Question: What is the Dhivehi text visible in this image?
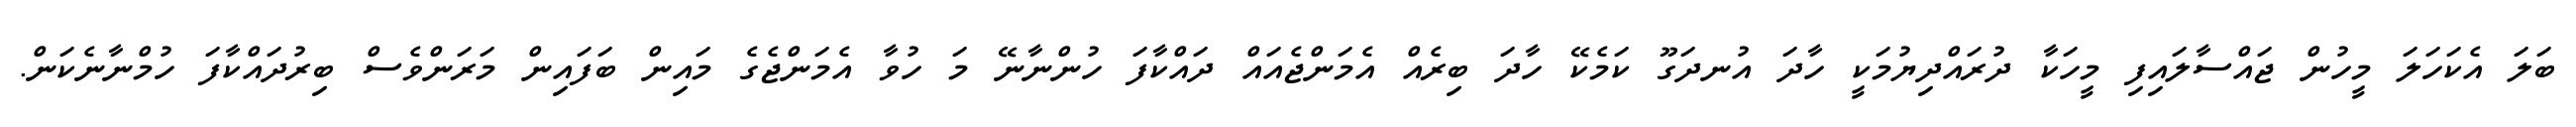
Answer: ބަލަ އެކަހަލަ މީހުން ޖައްސާލައިފި މީހަކާ ދުރައްދިޔުމަކީ ހާދަ އުނދަގޫ ކަމެކޭ ހާދަ ބިރެއް އެމަންޖެއައް ދައްކާފަ ހުންނާނޭ މަ ހުވާ އެމަންޖެގެ މައިން ބަފައިން މަރަންވެސް ބިރުދައްކާފަ ހުމްނާނެކަން.